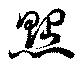
点